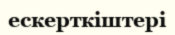
ескерткіштері